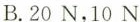
B.20N，10N